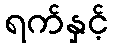
ရက်နှင့်